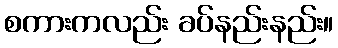
စကားကလည်း ခပ်နည်းနည်း။